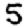
Digit: 5